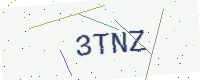
Text: 3TNZ